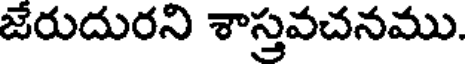
జేరుదురని శాస్త్రవచనము.